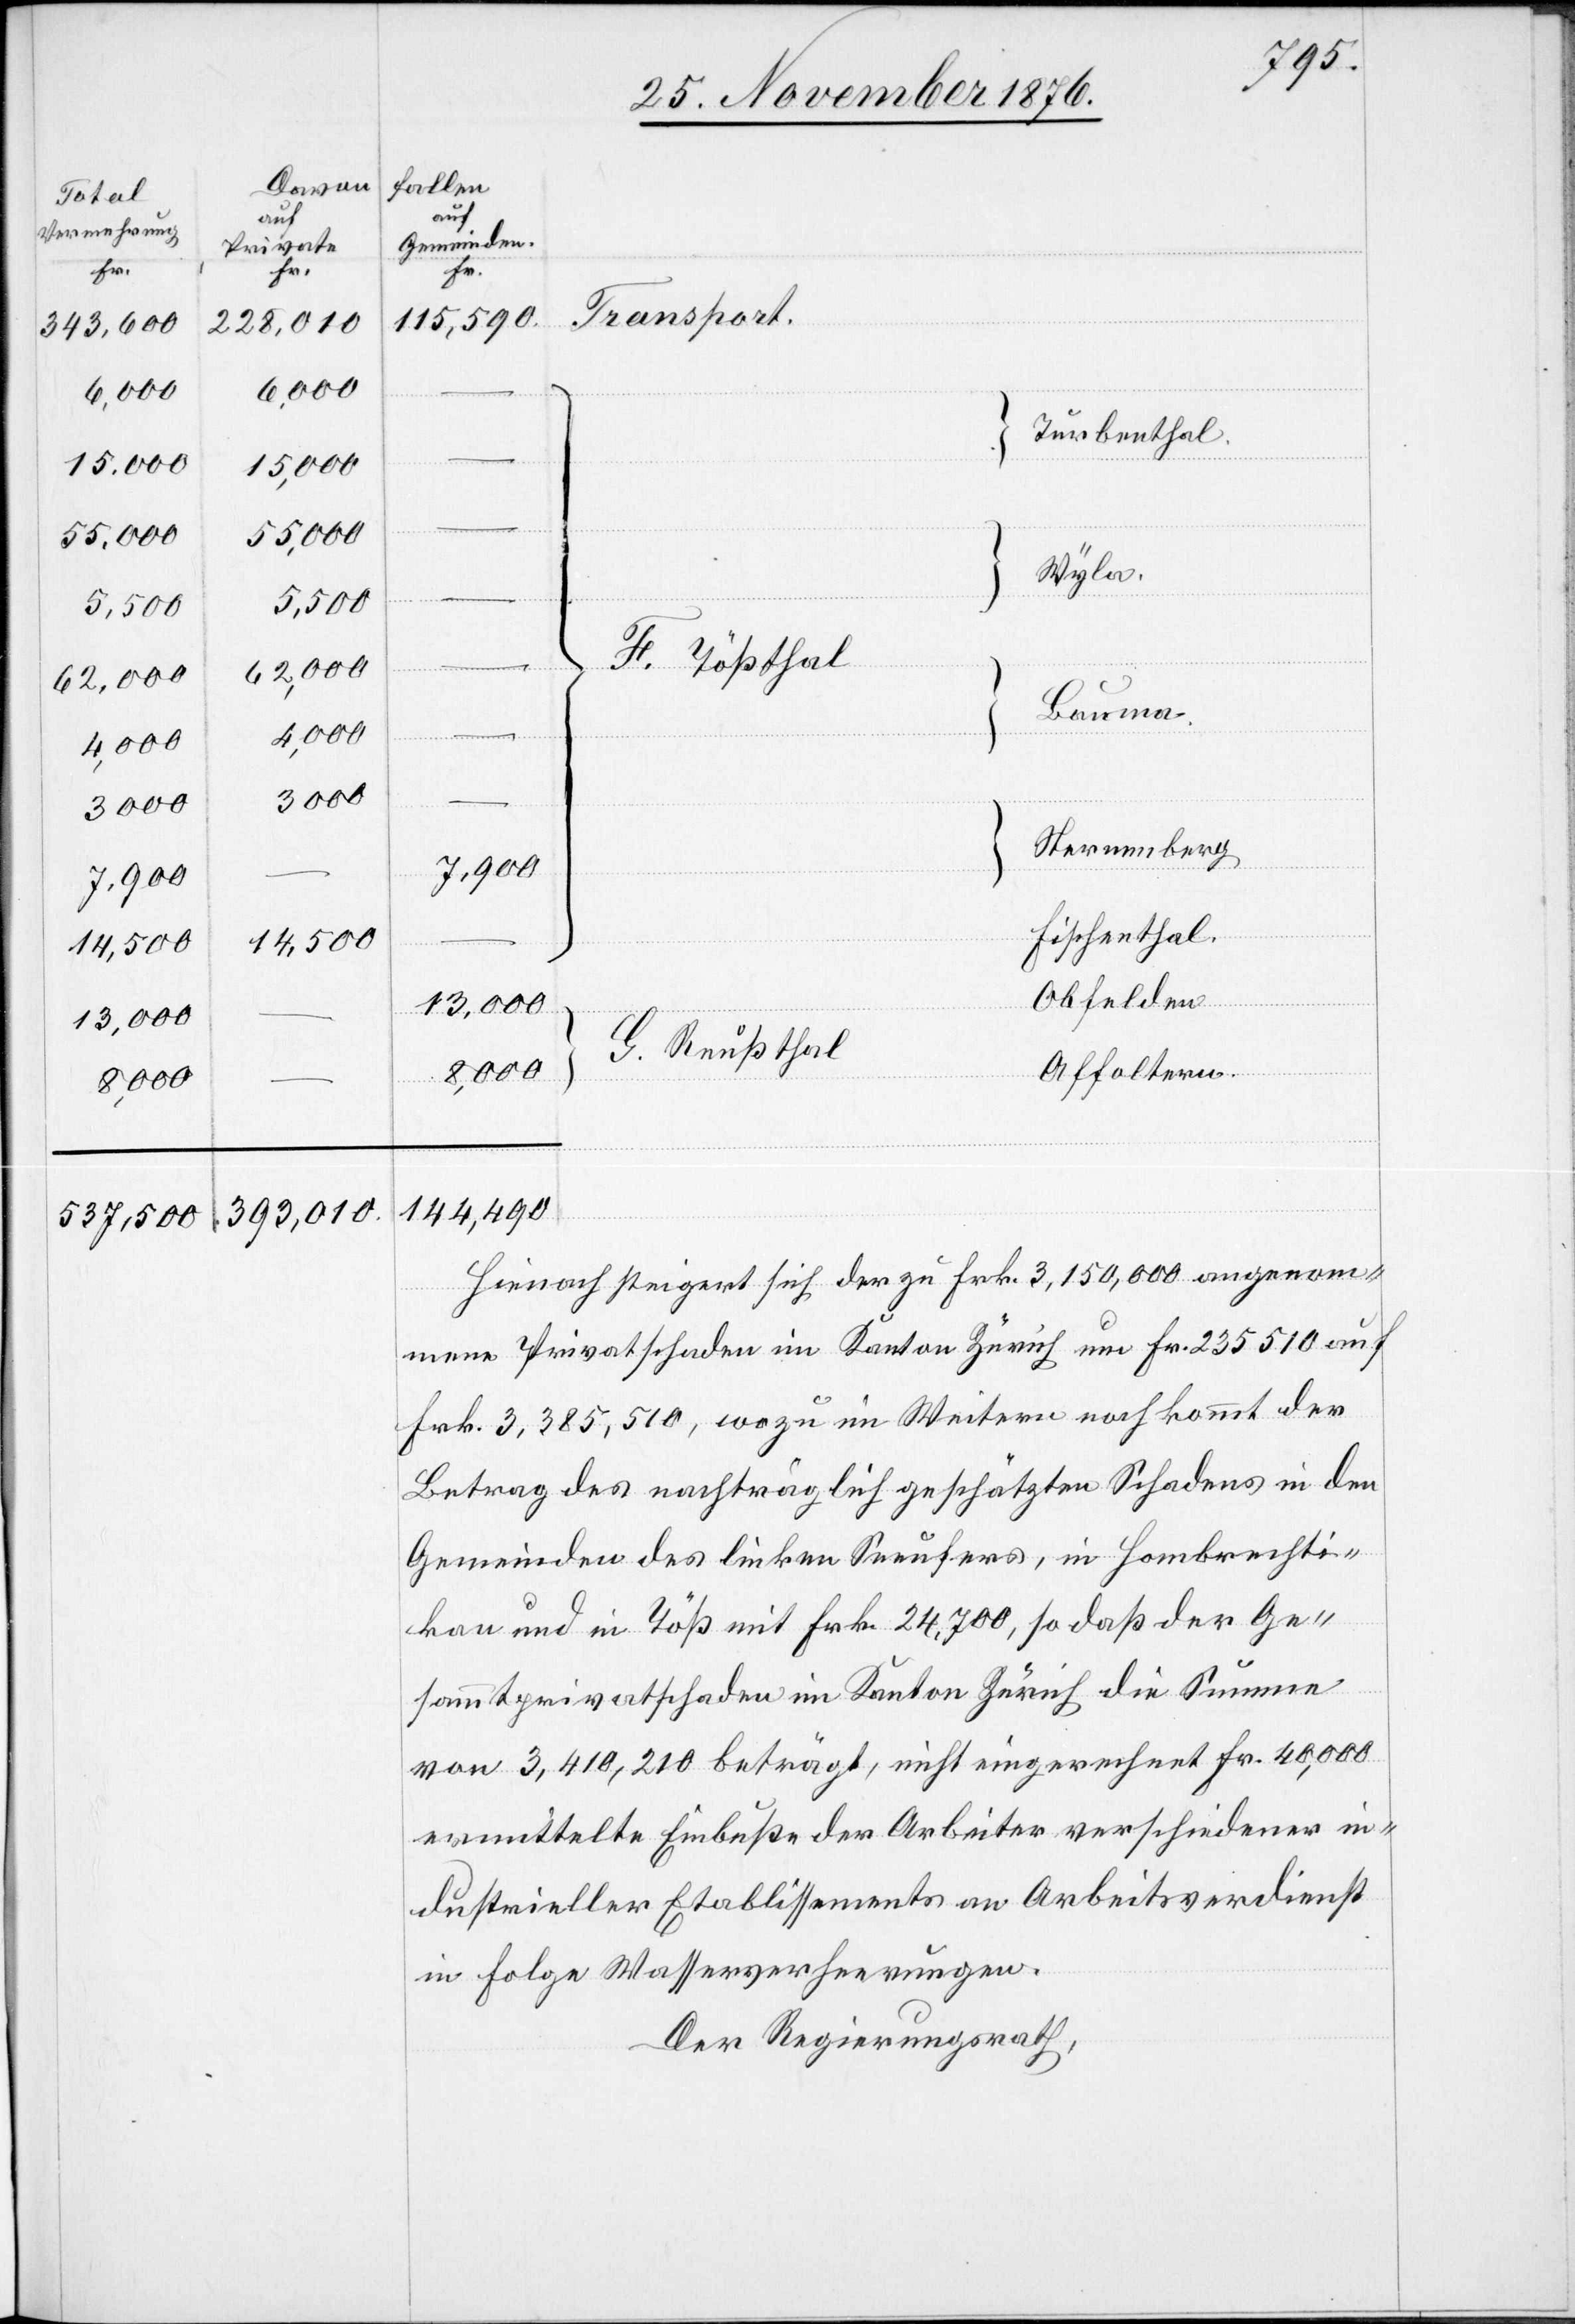
8,000
5,500
62,000
7,900
14,500
537,500

6,000
13,000
55,000
5,500
4,000
3000
393,010

Turbenthal.
Wyla.
–
F. Tößthal
Bauma.
–
Sternenberg
Fischenthal.
Obfelden
G. Reußthal
Affoltern.
144,490
Hienach steigert sich der zu Frk. 3,150,000 angenom¬
mene Privatschaden im Kanton Zürich um Fr. 235,510 auf
Frk. 3,385,510, wozu im Weitern noch kommt der
Betrag des nachträglich geschätzten Schadens in den
Gemeinden des linken Seeufers, in Hombrechti¬
kon und in Töß mit Frk. 24,700, so daß der Ge¬
sammtprivatschaden im Kanton Zürich die Summe
von 3,410,210 beträgt, nicht eingerechnet Fr. 40,000
ermittelte Einbuße der Arbeiter verschiedener in¬
dustrieller Etablissements an Arbeitsverdienst
in Folge Wasserverheerungen.
Der Regierungsrath,